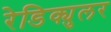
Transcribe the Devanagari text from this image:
रेडिक्युलर